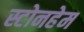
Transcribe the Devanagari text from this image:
स्टोनहेम